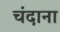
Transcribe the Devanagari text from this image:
चंदाना